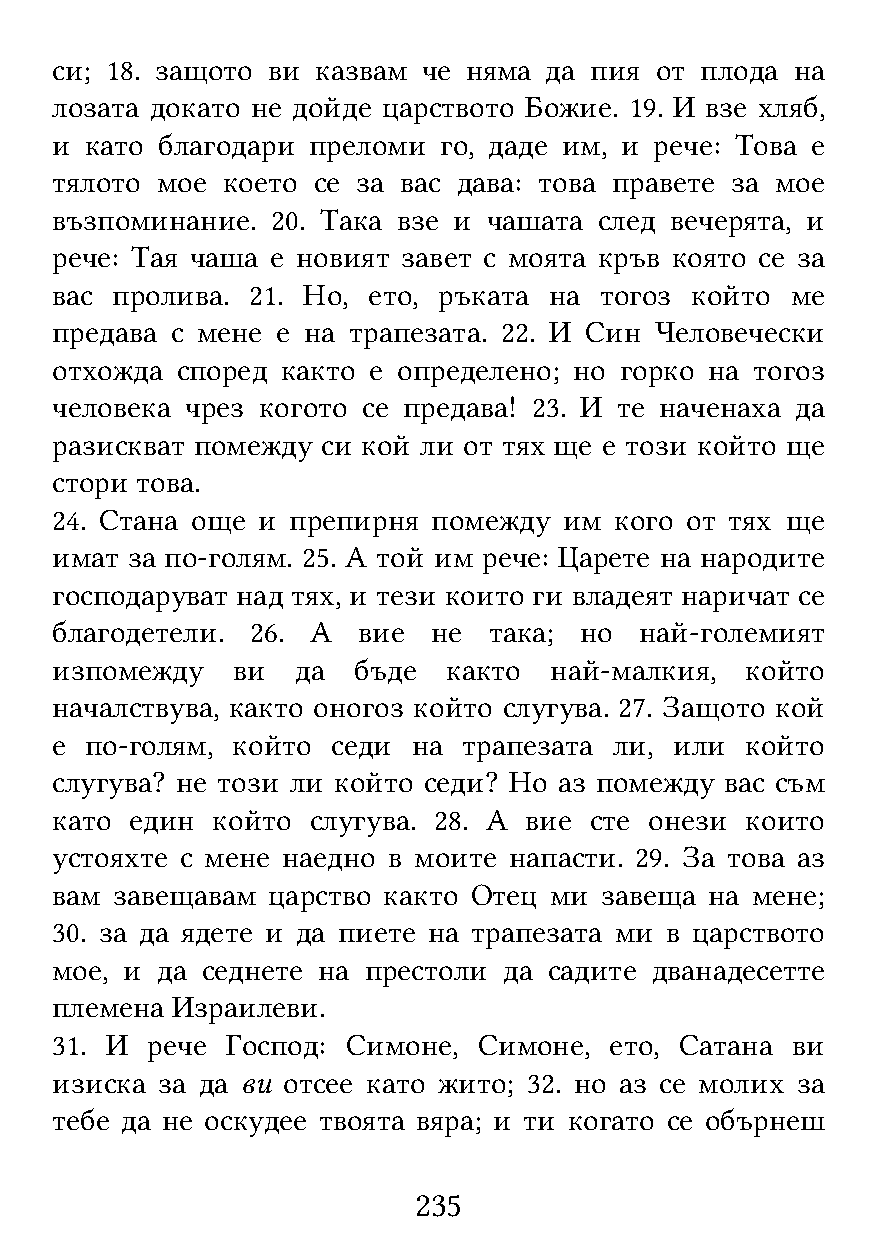
си; 18. защото ви казвам че няма да пия от плода  на
 лозата докато не дойде царството Божие. 19. И взе хляб,
 и  като благодари преломи го, даде им, и рече: Това е
 тялото мое  което се за вас дава: това правете за мое
 възпоминание.  20. Така взе и чашата след вечерята, и
 рече: Тая чаша е новият завет с моята кръв която се за
 вас пролива.  21. Но, ето, ръката на тогоз който ме
 предава с мене е на трапезата. 22. И Син Человечески
 отхожда  според както е определено; но горко на тогоз
 человека чрез когото се предава! 23. И те наченаха да
 разискват помежду си кой ли от тях ще е този който ще
 стори това.
 24. Стана още и препирня  помежду им  кого от тях ще
 имат за по-голям. 25. А той им рече: Царете на народите
 господаруват над тях, и тези които ги владеят наричат се
 благодетели.  26. А  вие  не така; но  най-големият
 изпомежду   ви   да бъде   както най-малкия,  който
 началствува, както оногоз който слугува. 27. Защото кой
 е  по-голям, който седи на  трапезата ли, или който
 слугува? не този ли който седи? Но аз помежду вас съм
 като  един който  слугува. 28. А вие сте онези които
 устояхте с мене наедно в моите напасти. 29. За това аз
 вам завещавам  царство както Отец ми завеща на мене;
 30. за да ядете и да пиете на трапезата ми в царството
 мое, и да седнете на престоли да садите дванадесетте
 племена Израилеви.
 31. И  рече Господ: Симоне,  Симоне, ето, Сатана ви
 изиска за да ви отсее като жито; 32. но аз се молих за
 тебе да не оскудее твоята вяра; и ти когато се обърнеш
 235